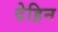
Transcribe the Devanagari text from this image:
देहिन